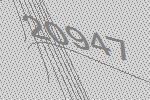
20947